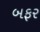
બફર